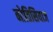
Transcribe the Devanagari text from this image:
नोतिसियाज